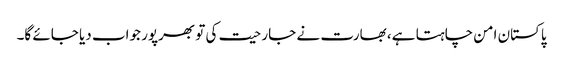
پاکستان امن چاہتا ہے، بھارت نے جارحیت کی تو بھرپور جواب دیا جائے گا۔